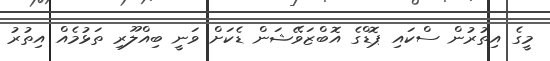
މީގެ އިތުރުން ސްކައި ޕޮޑްގެ އޮބްޒަވޭޝަން ޑެކަށް ވަނީ ބިއްލޫރި ތަޅުމެއް އިތުރު